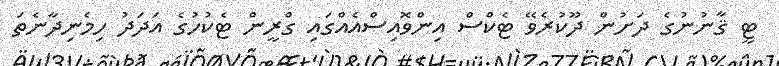
ޓީ ޤާނުނުގެ ދަށުން ދޫކުރެވޭ ޓެކްސް އިންވޮއިސްއެއްގައި ގްރީން ޓެކުހުގެ އަދަދު ހިމެނިދާނެތަ